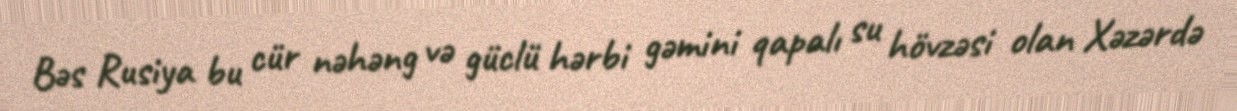
Bəs Rusiya bu cür nəhəng və güclü hərbi gəmini qapalı su hövzəsi olan Xəzərdə